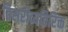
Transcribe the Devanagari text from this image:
तिसरीव्यतिरिक्त